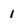
Character: 1